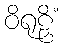
ဝိရုဠှိံ